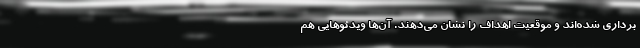
برداری شده‌اند و موقعیت اهداف را نشان می‌دهند. آن‌ها ویدئوهایی هم